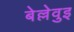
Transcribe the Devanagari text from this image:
बेल्लेवुइ